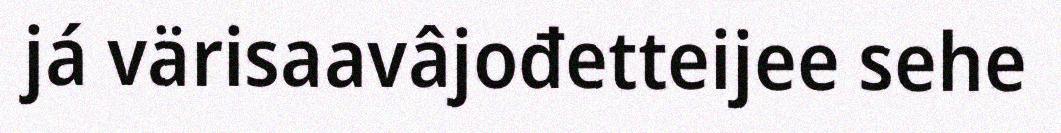
já värisaavâjođetteijee sehe